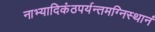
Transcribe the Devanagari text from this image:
नाभ्यादिकंठपर्यन्तमग्निस्थानं